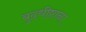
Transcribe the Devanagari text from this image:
बुद्धीष्टाना